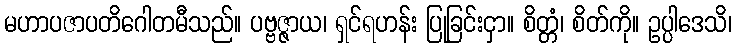
မဟာပဇာပတိဂေါတမီသည်။ ပဗ္ဗဇ္ဇာယ၊ ရှင်ရဟန်း ပြုခြင်းငှာ။ စိတ္တံ၊ စိတ်ကို။ ဥပ္ပါဒေသိ၊